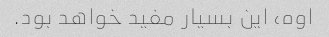
اوه، این بسیار مفید خواهد بود.